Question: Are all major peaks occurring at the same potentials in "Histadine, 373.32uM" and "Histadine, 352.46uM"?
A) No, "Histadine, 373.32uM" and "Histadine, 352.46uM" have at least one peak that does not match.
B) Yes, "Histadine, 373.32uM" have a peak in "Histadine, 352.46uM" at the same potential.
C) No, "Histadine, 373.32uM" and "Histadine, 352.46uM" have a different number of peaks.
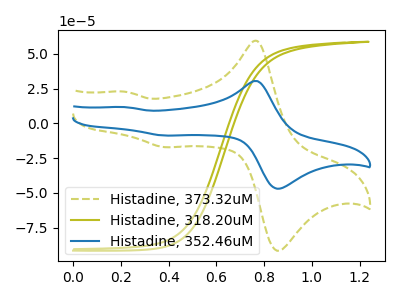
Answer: <think>The olive dashed curve "Histadine, 373.32uM" has anodic peaks at (0.75V, 59.25uA) (0.20V, 22.75uA) and cathodic peaks at (0.90V, -90.70uA) (0.40V, -17.15uA). The olive curve "Histadine, 318.20uM" has no peaks. The blue curve "Histadine, 352.46uM" has anodic peaks at (0.75V, 30.40uA) (0.20V, 11.70uA) and cathodic peaks at (0.90V, -46.55uA) (0.40V, -8.80uA).</think>
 <answer>B) Yes, "Histadine, 373.32uM" have a peak in "Histadine, 352.46uM" at the same potential.</answer>
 <eval>B</eval>